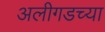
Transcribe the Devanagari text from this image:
अलीगडच्या